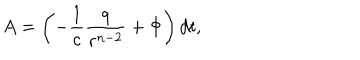
A = \left( - { \frac { 1 } { c } } { \frac { q } { r ^ { n - 2 } } } + \Phi \right) d t ,